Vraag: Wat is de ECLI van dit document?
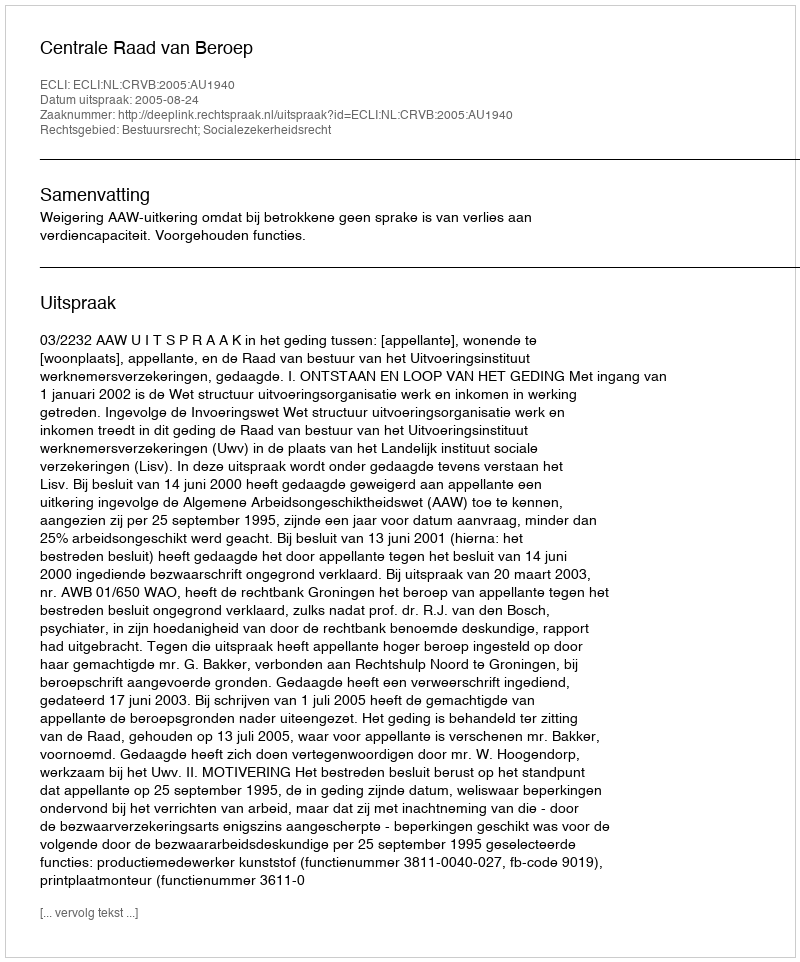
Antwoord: ECLI:NL:CRVB:2005:AU1940